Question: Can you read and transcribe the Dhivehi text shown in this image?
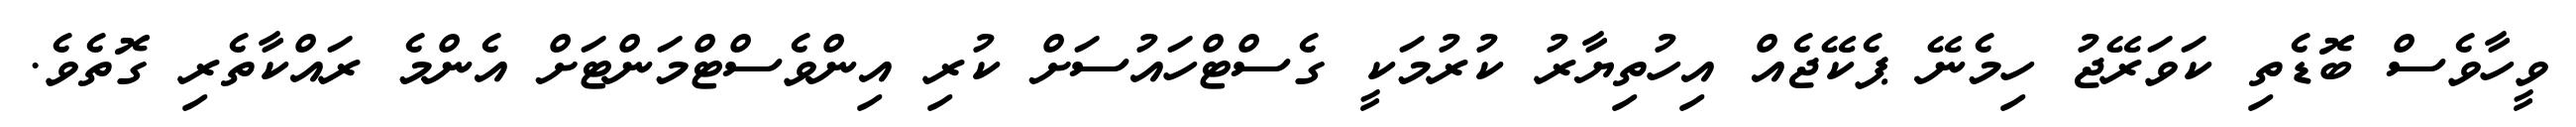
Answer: ވީހާވެސް ބޮޑެތި ކަވަރޭޖު ހިމެނޭ ޕެކޭޖެއް އިހުތިޔާރު ކުރުމަކީ ގެސްޓްހައުސަށް ކުރި އިންވެސްޓްމަންޓަށް އެންމެ ރައްކާތެރި ގޮތެވެ.